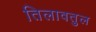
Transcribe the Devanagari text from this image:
तिलावतुल